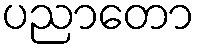
ပညာတော